Report on vaccination in Madras 1877-1894 - 1877-1894
Year: 1877
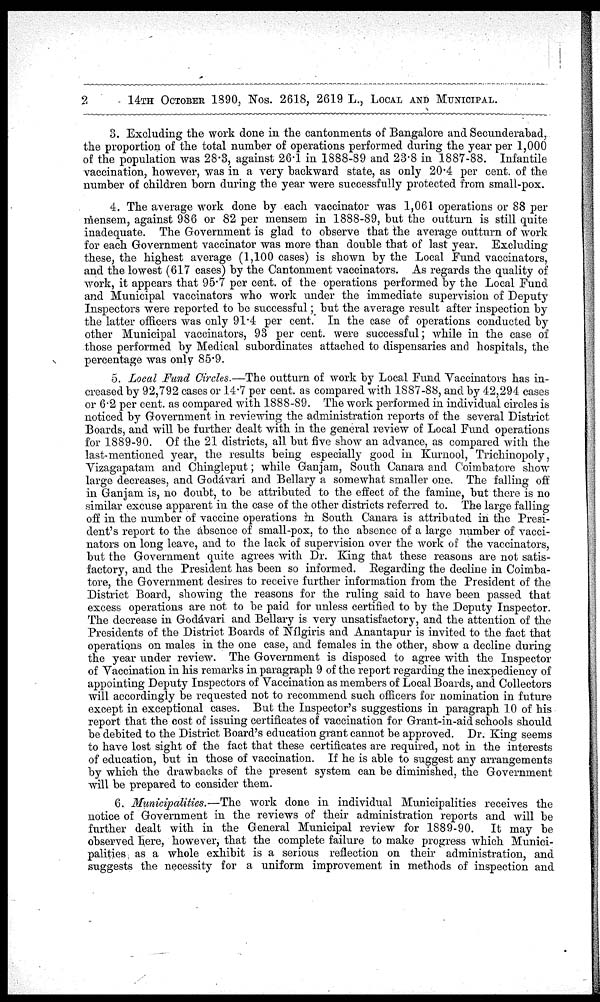
2
14TH OCTOBER 1890, Nos. 2618, 2619 L., LOCAL AND MUNICIPAL.
3. Excluding the work done in the cantonments of Bangalore and Secunderabad,
the proportion of the total number of operations performed during the year per 1,000
of the population was 28.3, against 26.1 in 1888-89 and 23.8 in 1887-88. Infantile
vaccination, however, was in a very backward state, as only 20.4 per cent. of the
number of children born during the year were successfully protected from small-pox.
4. The average work done by each vaccinator was 1,061 operations or 88 per
mensem, against 986 or 82 per mensem in 1888-89, but the outturn is still quite
inadequate. The Government is glad to observe that the average outturn of work
for each Government vaccinator was more than double that of last year. Excluding
these, the highest average (1,100 cases) is shown by the Local Fund vaccinators,
and the lowest (617 cases) by the Cantonment vaccinators. As regards the quality of
work, it appears that 95.7 per cent. of the operations performed by the Local Fund
and Municipal vaccinators who work under the immediate supervision of Deputy
Inspectors were reported to be successful; but the average result after inspection by
the latter officers was only 91.4 per cent. In the case of operations conducted by
other Municipal vaccinators, 93 per cent. were successful; while in the case of
those performed by Medical subordinates attached to dispensaries and hospitals, the
percentage was only 85.9.
5. Local Fund Circles.—The outturn of work by Local Fund Vaccinators has in-
creased by 92,792 cases or 14.7 per cent. as compared with 1887-88, and by 42,294 cases
or 6.2 per cent. as compared with 1888-89. The work performed in individual circles is
noticed by Government in reviewing the administration reports of the several District
Boards, and will be further dealt with in the general review of Local Fund operations
for 1889-90. Of the 21 districts, all but five show an advance, as compared with the
last-mentioned year, the results being especially good in Kurnool, Trichinopoly,
Vizagapatam and Chingleput; while Ganjam, South Canara and Coimbatore show
large decreases, and Godávari and Bellary a somewhat smaller one. The falling off
in Ganjam is, no doubt, to be attributed to the effect of the famine, but there is no
similar excuse apparent in the case of the other districts referred to. The large falling
off in the number of vaccine operations in South Canara is attributed in the Presi-
dent's report to the absence of small-pox, to the absence of a large number of vacci-
nators on long leave, and to the lack of supervision over the work of the vaccinators,
but the Government quite agrees with Dr. King that these reasons are not satis-
factory, and the President has been so informed. Regarding the decline in Coimba-
tore, the Government desires to receive further information from the President of the
District Board, showing the reasons for the ruling said to have been passed that
excess operations are not to be paid for unless certified to by the Deputy Inspector.
The decrease in Godávari and Bellary is very unsatisfactory, and the attention of the
Presidents of the District Boards of Nílgiris and Anantapur is invited to the fact that
operations on males in the one case, and females in the other, show a decline during
the year under review. The Government is disposed to agree with the Inspector
of Vaccination in his remarks in paragraph 9 of the report regarding the inexpediency of
appointing Deputy Inspectors of Vaccination as members of Local Boards, and Collectors
will accordingly be requested not to recommend such officers for nomination in future
except in exceptional cases. But the Inspector's suggestions in paragraph 10 of his
report that the cost of issuing certificates of vaccination for Grant-in-aid schools should
be debited to the District Board's education grant cannot be approved. Dr. King seems
to have lost sight of the fact that these certificates are required, not in the interests
of education, but in those of vaccination. If he is able to suggest any arrangements
by which the drawbacks of the present system can be diminished, the Government
will be prepared to consider them.
6. Municipalities.—The work done in individual Municipalities receives the
notice of Government in the reviews of their administration reports and will be
further dealt with in the General Municipal review for 1889-90. It may be
observed here, however, that the complete failure to make progress which Munici-
palities; as a whole exhibit is a serious reflection on their administration, and
suggests the necessity for a uniform improvement in methods of inspection and